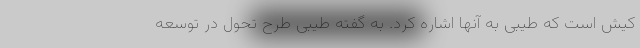
کیش است که طیبی به آنها اشاره کرد. به گفته طیبی طرح تحول در توسعه